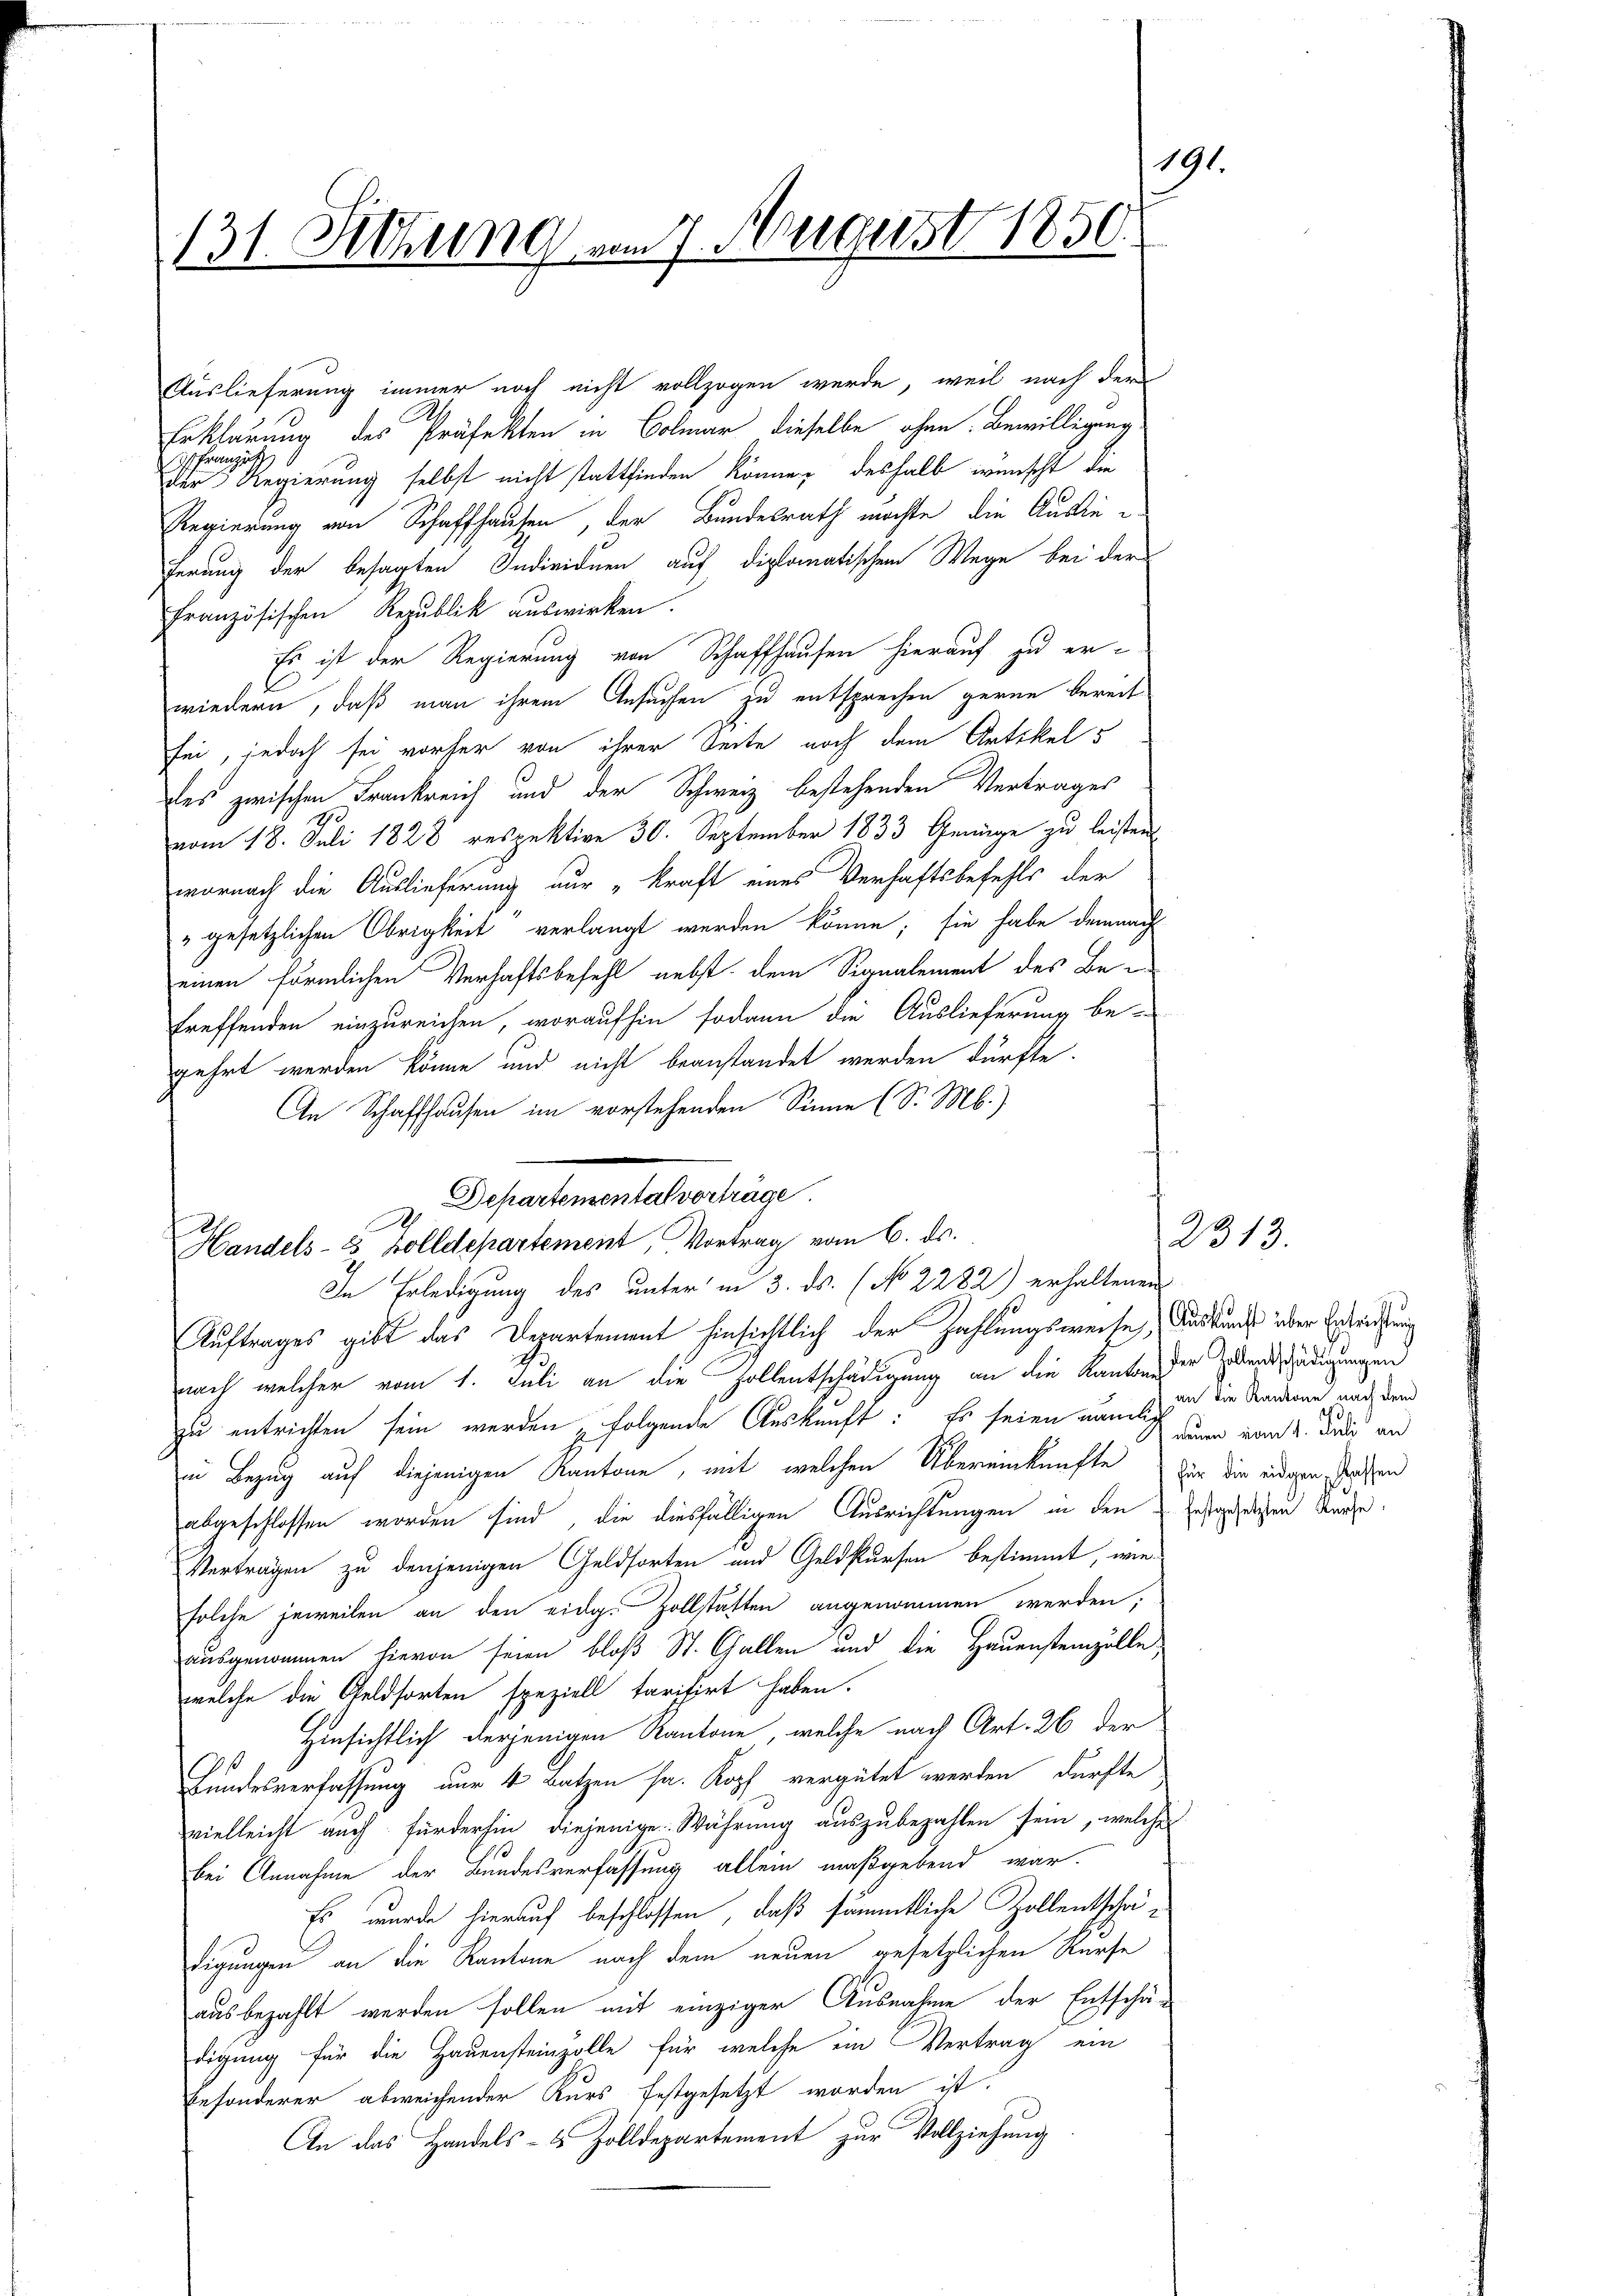
191
131. Setzung vom 7. August 1850.

Auslieferung immer noch nicht vollzogen werde, weil nach der
Erklärung des Präfekten in Colmar dieselbe ohne Bewilligung
 Franzut
der Regierung selbst nicht stattfinden könne, deshalb wünscht die
Regierung von Schaffhausen, der Bundesrath möchte die Auslieferung der besagten Individuen auf diplomatischen Wege bei der
französischen Republik auswirken.
Es ist der Regierung von Schaffhausen hierauf zu er-
wiedern, daß man ihrem Ansuchen zu entsprechen gerne bereit
sei, jedoch sei vorher von ihrer Seite noch dem Artikels
fes zwischen Frankreich und der Schweiz bestehenden Vertrages
vom 18. Juli 1828 respektive 30. September 1833 Genüge zu leisten
wornach die Auslieferung nur „kraft eines Verhaftsbefehls der
" gesetzlichen Obrigkeit verlangt werden könne; sie habe demnach
einen förmlichen Verhaftsbefehl nebst dem Signalement des Betreffenden einzureichen, woraufhin sodann die Auslieferung be-
gehrt werden könne und nicht beanstandet werden dürfte.
An Schaffhausen im vorstehenden Sinne (S. M.)

Departemental vorträge.
A
Handels- 3 Zolldepartement, Vortrag vom 6. ds.
In Erledigung des unter in 3. ds. (No 2282) erhaltenen

Auftrages gibt das Departement hinsichtlich der Zahlungsweise, Auskunde über Erdtrichtung
nach welcher vom 1. Juli an die Zollentschädigung an die Kanton der Lebendschädigungen
zu entrichten sein werden folgende Auskunft: Es seien nämlich den vom 2. Jede an
in Bezug auf diejenigen Kantone, mit welchen Übereinkünfte der die indigen Grossen
abgeschlossen worden sind, die diesfälligen Ausrichtungen in den Instigen kurze
Verträgen zu denjenigen Geldsorten und Geldsursen bestimmt, wiesolche jeweilen an den eidg. Zollstatten angenommen werden,
ausgenommen hievon seien bloß St. Gallen und die Hauensteinzelle,
welche die Geldsorten speziell tarifirt haben.
Hinsichtlich derjenigen Kantone, welche nach Art. 26 der
s
9
Bundesverfassung nur 4 Batzen sa. Kopf vergütet werden dürfte
vielleicht auch fürderhin diejenige Währung auszubezahlen sein, welches
bei Annahme der Bundesverfassung allein maßgebend war.
Es wurde hierauf beschlossen, daß sämmtliche Zollentschadigungen an die Kantone nach dem neuen gesetzlichen Würfe
ausbezahlt werden sollen mit einziger Ausnahme der Entschä-
digung für die Hauensteinzolle für welche ein Vertrag ein
besonderer abweichender Kurs festgesetzt worden ist.
An das Handels- & Zolldepartement zur Vollziehung

2313.

an die Kantone nach dem